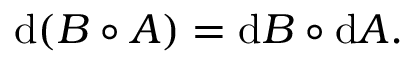
\mathrm { d } ( B \circ A ) = \mathrm { d } B \circ \mathrm { d } A .